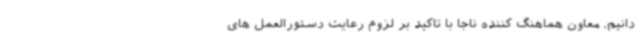
دانیم. معاون هماهنگ کننده ناجا با تاکید بر لزوم رعایت دستورالعمل های